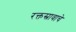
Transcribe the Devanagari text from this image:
रक्तस्रावाचे